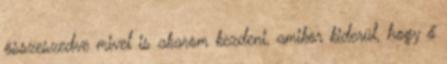
összeszedve mivel is akarom kezdeni, amikor kiderül, hogy ő